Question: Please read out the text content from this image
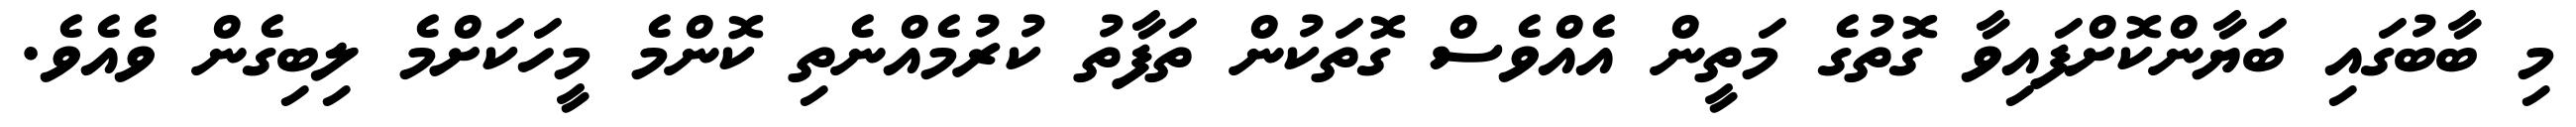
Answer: މި ބާބުގައި ބަޔާންކޮށްފައިވާ ގޮތުގެ މަތީން އެއްވެސް ގޮތަކުން ތަފާތު ކުރުމެއްނެތި ކޮންމެ މީހަކަށްމެ ލިބިގެން ވެއެވެ.